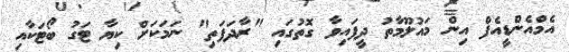
އެމްއެންޑީއެފް އިން މައުލޫމާތު ދީފައިވާ ގޮތުގައި "ރާދަފަތި" ނަމަކަށް ކިޔާ ޓަގު ބޯޓަކާއި